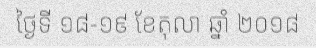
ថ្ងៃទី ១៨-១៩ ខែតុលា ឆ្នាំ ២០១៨